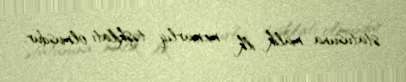
statusuna malik ilk memarlıq təşkilatı olmuşdur.